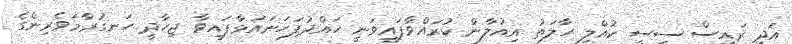
އަދި ރައީސް ސީސީ ކުއްލި ހާލަތު އިއުލާން ކުރައްވާފައިވަނީ ހައްދުފަހަނައަޅާފައިވާ ޖިހާދީ ހަނގުރާމަވެރިންގެ